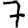
Digit: 7